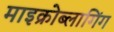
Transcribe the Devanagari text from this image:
माइक्रोब्लागिंग